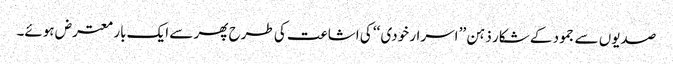
صدیوں سے جمود کے شکار ذہن ’’ اسرار خودی ‘‘ کی اشاعت کی طرح پھر سے ایک بار معترض ہوئے۔